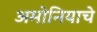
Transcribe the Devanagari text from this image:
अमोनियाचे